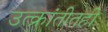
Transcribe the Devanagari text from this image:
उत्क्रांतीतही